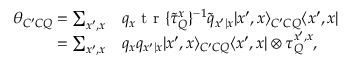
\begin{array} { r l } { \theta _ { C ^ { \prime } C Q } = \sum _ { x ^ { \prime } , x } } & { { } q _ { x } \mathrm { ~ t ~ r ~ } \{ \tilde { \tau } _ { Q } ^ { x } \} ^ { - 1 } \tilde { q } _ { x ^ { \prime } | x } | x ^ { \prime } , x \rangle _ { C ^ { \prime } C Q } \langle x ^ { \prime } , x | } \\ { = \sum _ { x ^ { \prime } , x } } & { { } q _ { x } q _ { x ^ { \prime } | x } | x ^ { \prime } , x \rangle _ { C ^ { \prime } C Q } \langle x ^ { \prime } , x | \otimes \tau _ { Q } ^ { x ^ { \prime } , x } , } \end{array}